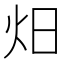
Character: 𭴌